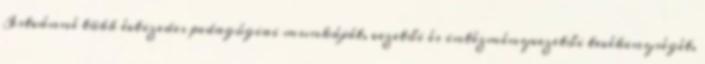
Istvánné több évtizedes pedagógiai munkáját, vezetői és intézményvezetői tevékenységét.